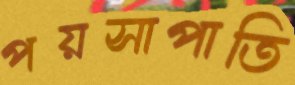
পয়সাপাতি